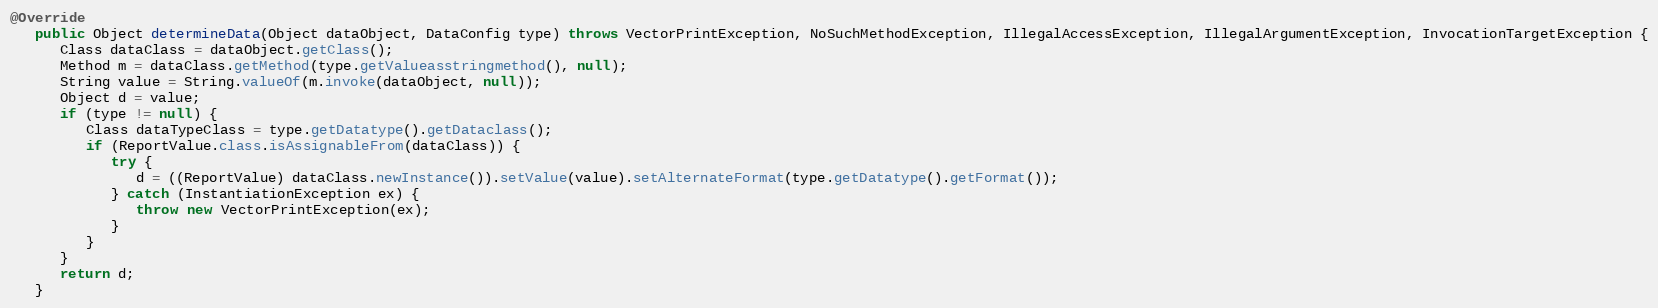
Language: Java
@Override
   public Object determineData(Object dataObject, DataConfig type) throws VectorPrintException, NoSuchMethodException, IllegalAccessException, IllegalArgumentException, InvocationTargetException {
      Class dataClass = dataObject.getClass();
      Method m = dataClass.getMethod(type.getValueasstringmethod(), null);
      String value = String.valueOf(m.invoke(dataObject, null));
      Object d = value;
      if (type != null) {
         Class dataTypeClass = type.getDatatype().getDataclass();
         if (ReportValue.class.isAssignableFrom(dataClass)) {
            try {
               d = ((ReportValue) dataClass.newInstance()).setValue(value).setAlternateFormat(type.getDatatype().getFormat());
            } catch (InstantiationException ex) {
               throw new VectorPrintException(ex);
            }
         }
      }
      return d;
   }